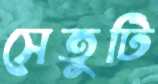
সেতুটি